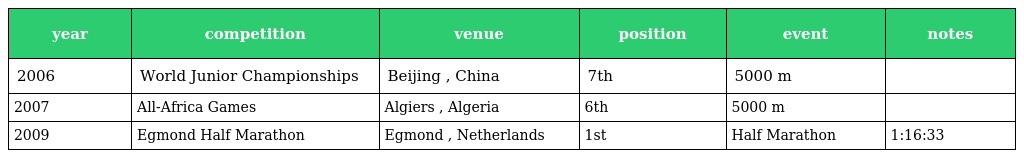
| year | competition | venue | position | event | notes |
 | --- | --- | --- | --- | --- | --- |
 | 2006 | World Junior Championships | Beijing , China | 7th | 5000 m |  |
 | 2007 | All-Africa Games | Algiers , Algeria | 6th | 5000 m |  |
 | 2009 | Egmond Half Marathon | Egmond , Netherlands | 1st | Half Marathon | 1:16:33 |